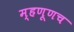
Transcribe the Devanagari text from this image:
म्हणूणच